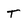
Character: t